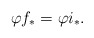
\begin{align*}\varphi f_* = \varphi i_*.\end{align*}